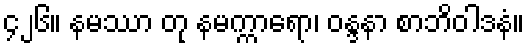
၄၂၆။ နမဿာ တု နမက္ကာရော၊ ဝန္ဒနာ စာဘိဝါဒနံ။